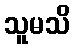
သူမသိ